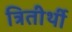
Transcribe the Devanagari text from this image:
त्रितीर्थी